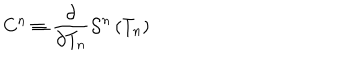
LaTeX: C ^ { n } \equiv \frac \partial { \partial T _ { n } } { \cal S } ^ { n } \left( T _ { n } \right)